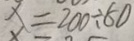
x \equiv 2 0 0 \div 8 0